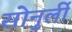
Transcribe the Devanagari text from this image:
सोनुर्ली